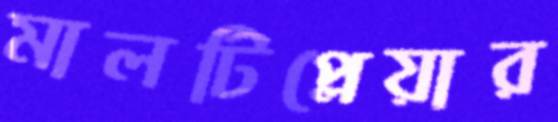
মালটিপ্লেয়ার